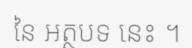
នៃ អត្ថបទ នេះ ។